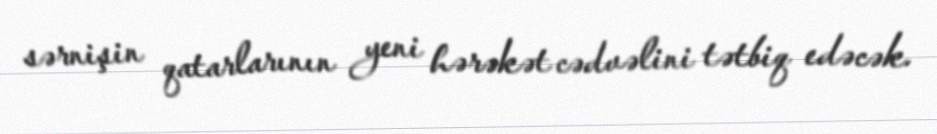
sərnişin qatarlarının yeni hərəkət cədvəlini tətbiq edəcək.